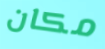
مكان